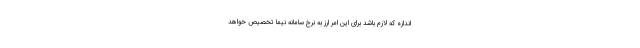
اندازه که لازم باشد برای این امر ارز به نرخ سامانه نیما تخصیص خواهد